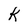
Character: k